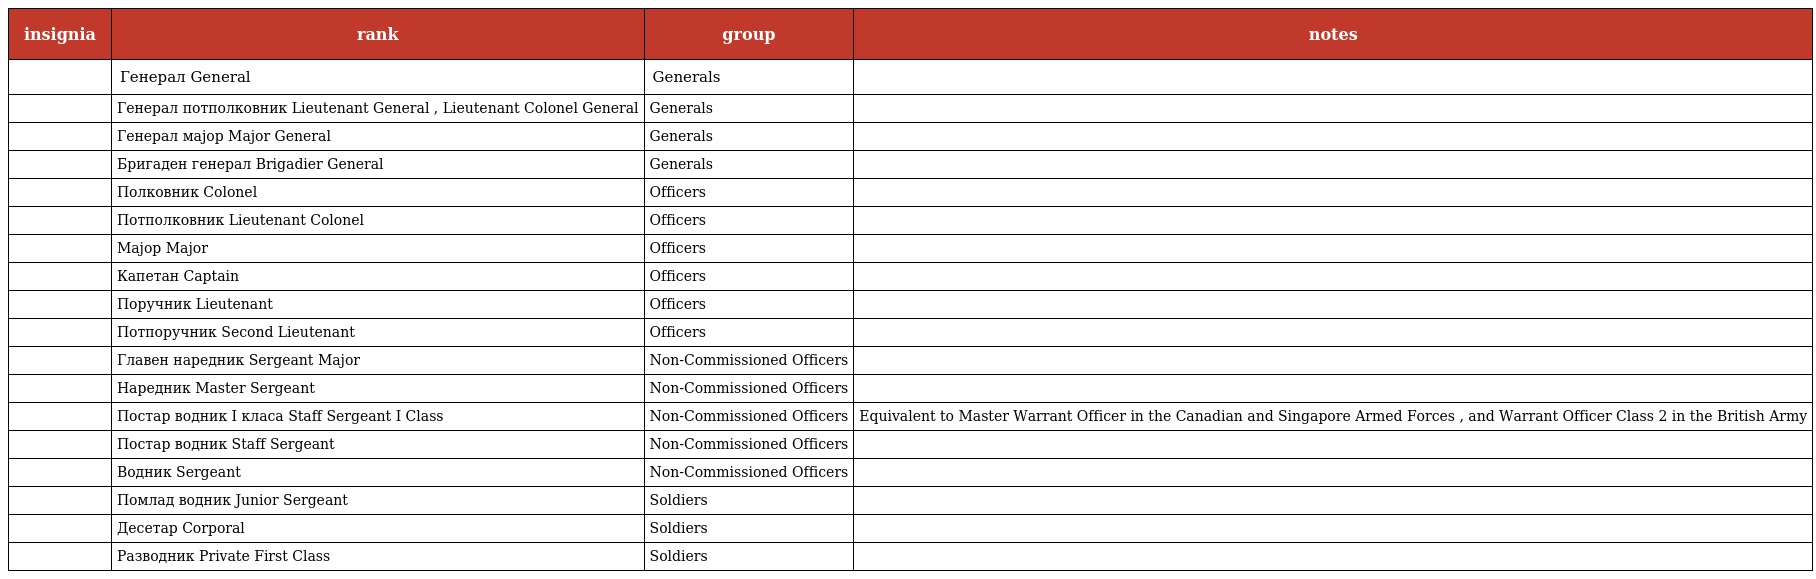
| insignia | rank | group | notes |
 | --- | --- | --- | --- |
 |  | Генерал General | Generals |  |
 |  | Генерал потполковник Lieutenant General , Lieutenant Colonel General | Generals |  |
 |  | Генерал мајор Major General | Generals |  |
 |  | Бригаден генерал Brigadier General | Generals |  |
 |  | Полковник Colonel | Officers |  |
 |  | Потполковник Lieutenant Colonel | Officers |  |
 |  | Мајор Major | Officers |  |
 |  | Капетан Captain | Officers |  |
 |  | Поручник Lieutenant | Officers |  |
 |  | Потпоручник Second Lieutenant | Officers |  |
 |  | Главен наредник Sergeant Major | Non-Commissioned Officers |  |
 |  | Наредник Master Sergeant | Non-Commissioned Officers |  |
 |  | Постар водник I класа Staff Sergeant I Class | Non-Commissioned Officers | Equivalent to Master Warrant Officer in the Canadian and Singapore Armed Forces , and Warrant Officer Class 2 in the British Army |
 |  | Постар водник Staff Sergeant | Non-Commissioned Officers |  |
 |  | Водник Sergeant | Non-Commissioned Officers |  |
 |  | Помлад водник Junior Sergeant | Soldiers |  |
 |  | Десетар Corporal | Soldiers |  |
 |  | Разводник Private First Class | Soldiers |  |